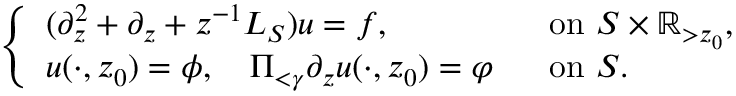
\begin{array} { r } { \left\{ \begin{array} { l l } { ( \partial _ { z } ^ { 2 } + \partial _ { z } + z ^ { - 1 } L _ { S } ) u = f , \ } & { \ \mathrm { ~ o n ~ } S \times \mathbb { R } _ { > z _ { 0 } } , } \\ { u ( \cdot , z _ { 0 } ) = \phi , \ \ \ \Pi _ { < \gamma } \partial _ { z } u ( \cdot , z _ { 0 } ) = \varphi } & { \ \mathrm { ~ o n ~ } S . } \end{array} \right. } \end{array}